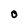
Character: O